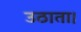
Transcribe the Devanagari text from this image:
उठाता।